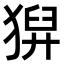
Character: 𤠈